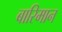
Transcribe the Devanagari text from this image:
बारिमान